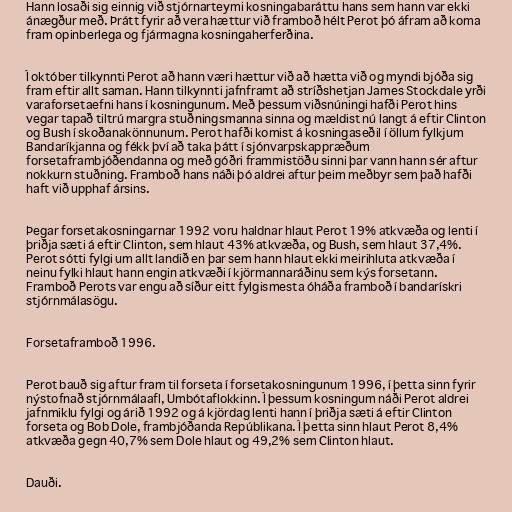
Hann losaði sig einnig við stjórnarteymi kosningabaráttu hans sem hann var ekki
ánægður með. Þrátt fyrir að vera hættur við framboð hélt Perot þó áfram að koma
fram opinberlega og fjármagna kosningaherferðina.

Í október tilkynnti Perot að hann væri hættur við að hætta við og myndi bjóða sig
fram eftir allt saman. Hann tilkynnti jafnframt að stríðshetjan James Stockdale yrði
varaforsetaefni hans í kosningunum. Með þessum viðsnúningi hafði Perot hins
vegar tapað tiltrú margra stuðningsmanna sinna og mældist nú langt á eftir Clinton
og Bush í skoðanakönnunum. Perot hafði komist á kosningaseðil í öllum fylkjum
Bandaríkjanna og fékk því að taka þátt í sjónvarpskappræðum
forsetaframbjóðendanna og með góðri frammistöðu sinni þar vann hann sér aftur
nokkurn stuðning. Framboð hans náði þó aldrei aftur þeim meðbyr sem það hafði
haft við upphaf ársins.

Þegar forsetakosningarnar 1992 voru haldnar hlaut Perot 19% atkvæða og lenti í
þriðja sæti á eftir Clinton, sem hlaut 43% atkvæða, og Bush, sem hlaut 37,4%.
Perot sótti fylgi um allt landið en þar sem hann hlaut ekki meirihluta atkvæða í
neinu fylki hlaut hann engin atkvæði í kjörmannaráðinu sem kýs forsetann.
Framboð Perots var engu að síður eitt fylgismesta óháða framboð í bandarískri
stjórnmálasögu.

Forsetaframboð 1996.

Perot bauð sig aftur fram til forseta í forsetakosningunum 1996, í þetta sinn fyrir
nýstofnað stjórnmálaafl, Umbótaflokkinn. Í þessum kosningum náði Perot aldrei
jafnmiklu fylgi og árið 1992 og á kjördag lenti hann í þriðja sæti á eftir Clinton
forseta og Bob Dole, frambjóðanda Repúblikana. Í þetta sinn hlaut Perot 8,4%
atkvæða gegn 40,7% sem Dole hlaut og 49,2% sem Clinton hlaut.

Dauði.